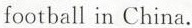
football in China.